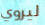
ليروي